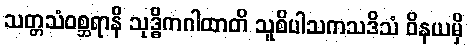
သတ္တသံဝစ္ဆရာနိ သုဒ္ဓိကဂါထာတိ သူစိပါသကသဒိသံ ဝိနယမှိ